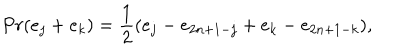
P r ( e _ { j } + e _ { k } ) = { \frac { 1 } { 2 } } ( e _ { j } - e _ { 2 n + 1 - j } + e _ { k } - e _ { 2 n + 1 - k } ) ,